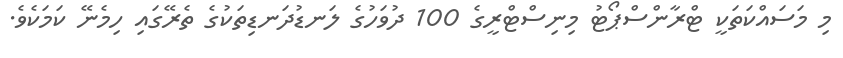
މި މަސައްކަތަކީ ޓްރާންސްޕޯޓު މިނިސްޓްރީގެ 100 ދުވަހުގެ ލަނޑުދަނޑިތަކުގެ ތެރޭގައި ހިމެނޭ ކަމަކެވެ.